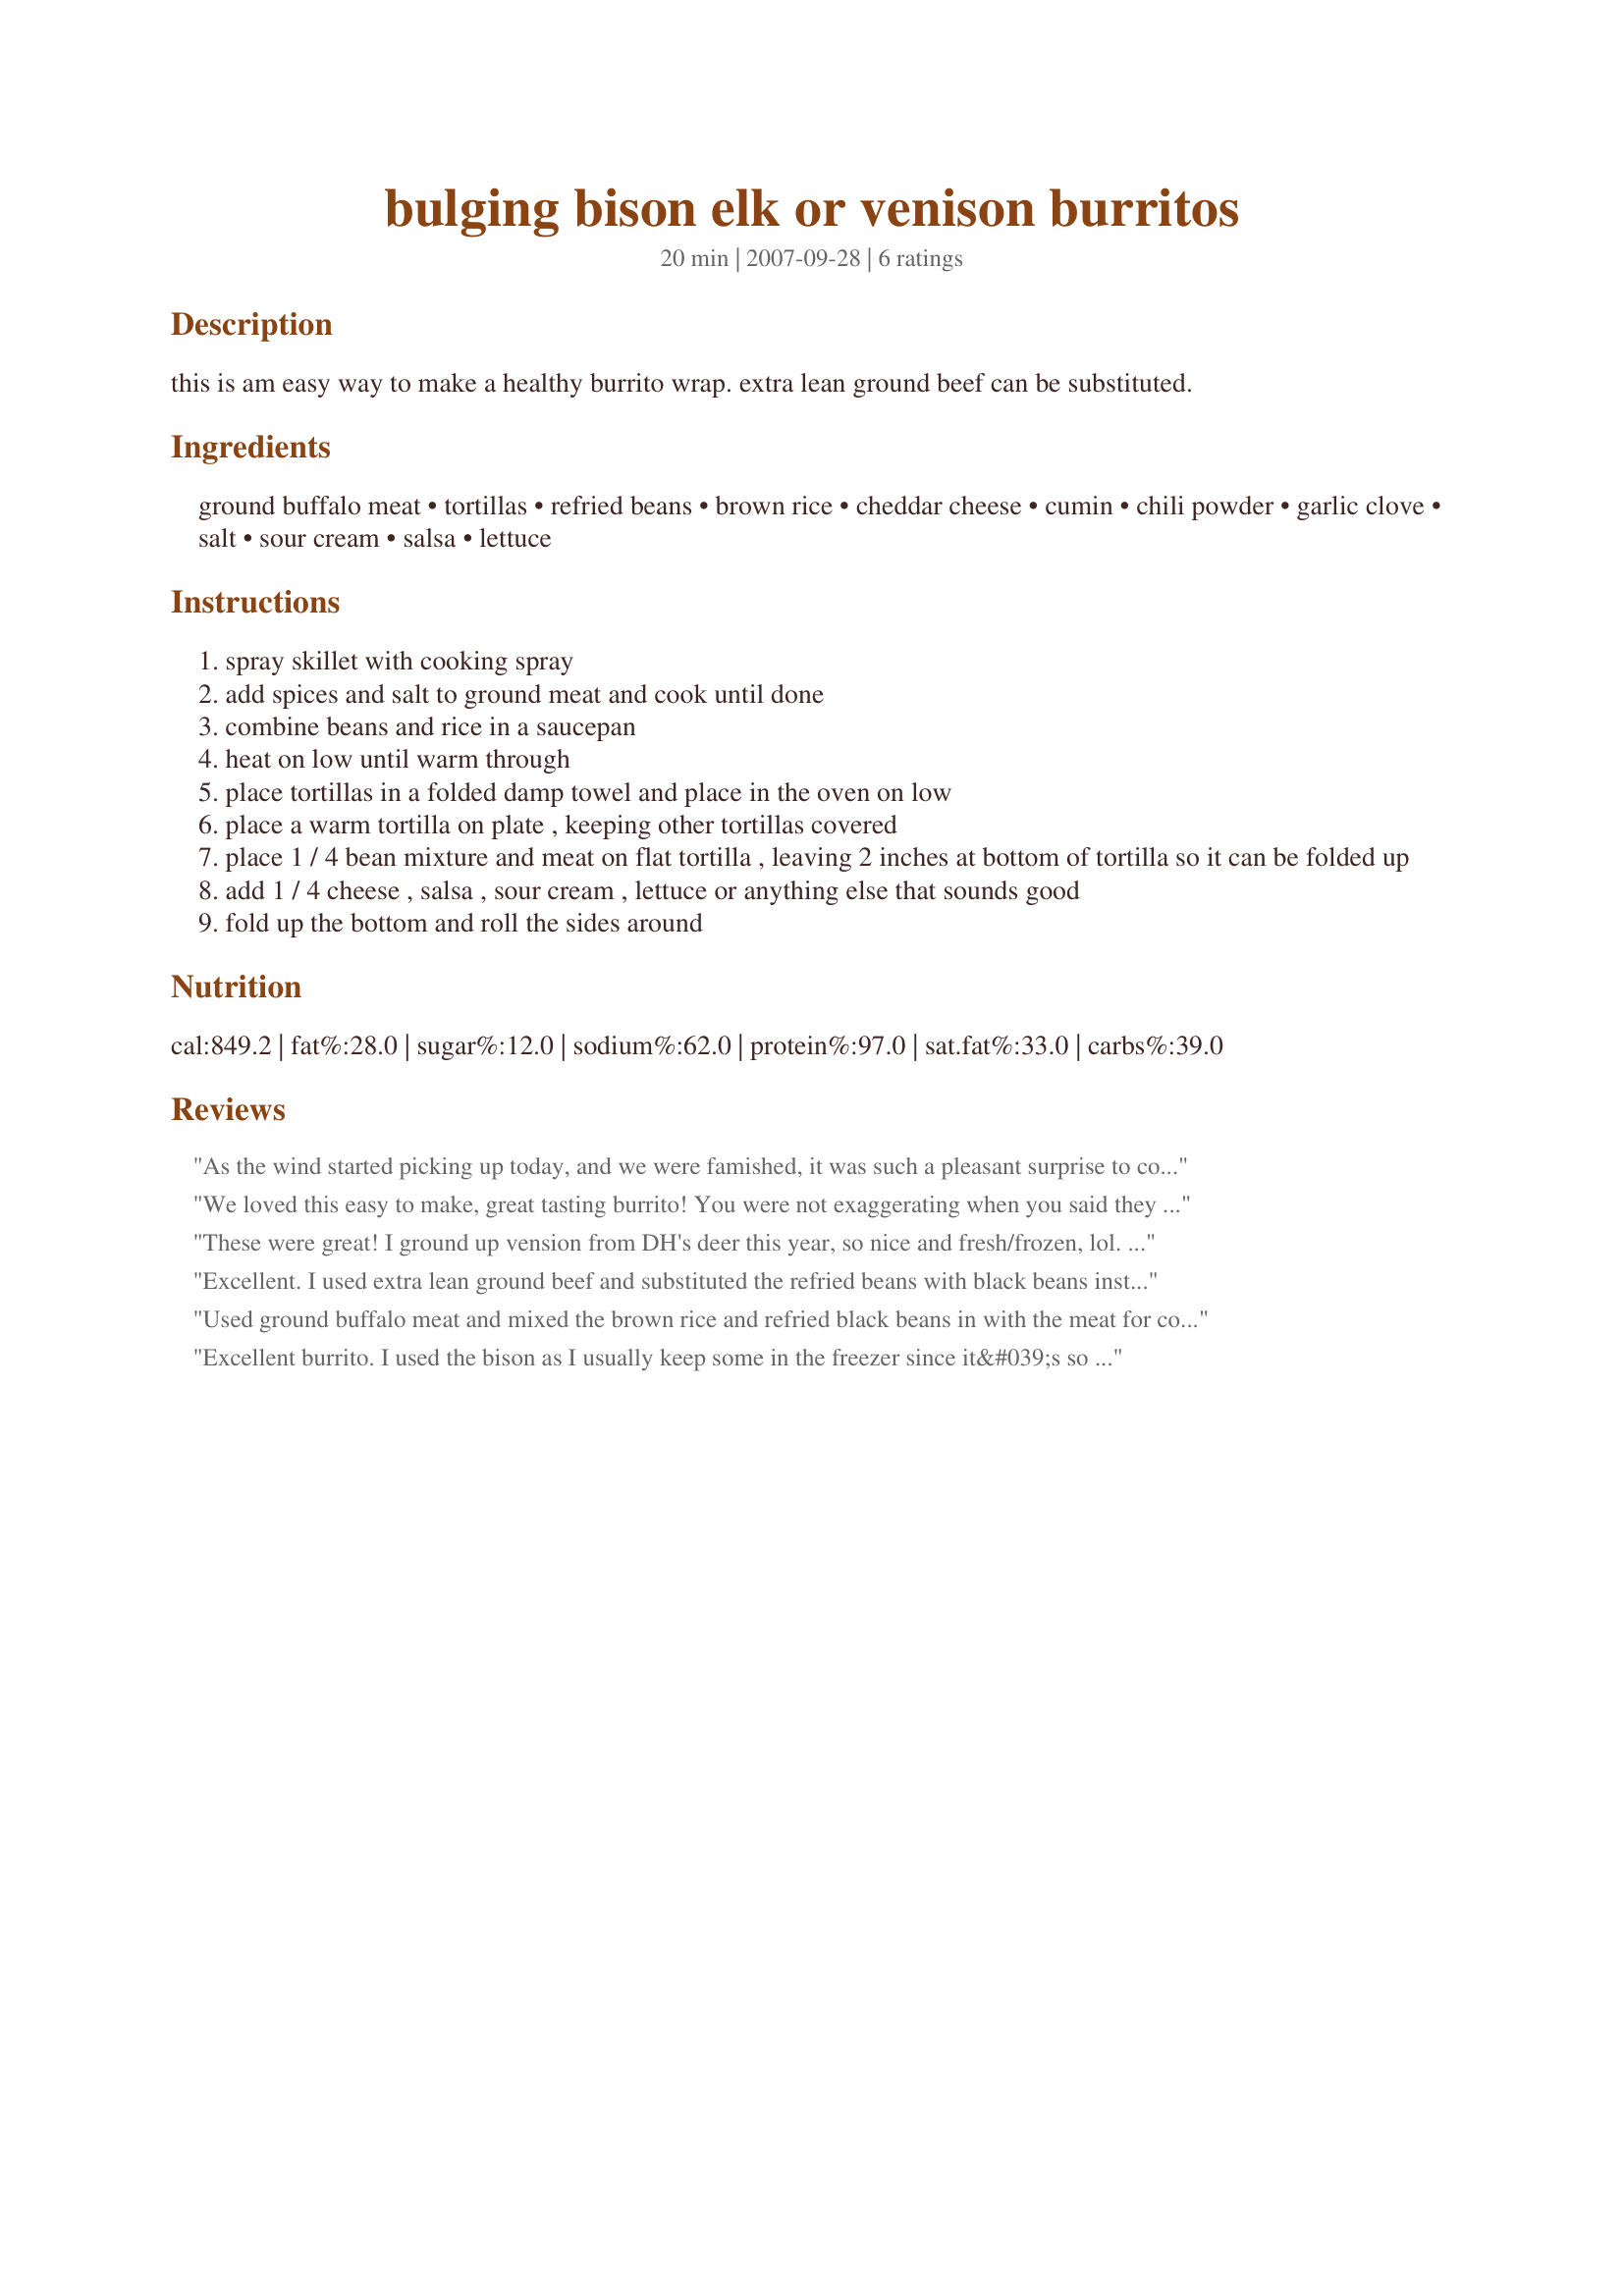
bulging bison elk or venison burritos
Preparation time: 20 minutes

this is am easy way to make a healthy burrito wrap. extra lean ground beef can be substituted.

Ingredients:
ground buffalo meat, tortillas, refried beans, brown rice, cheddar cheese, cumin, chili powder, garlic clove, salt, sour cream, salsa, lettuce

Steps:
spray skillet with cooking spray
add spices and salt to ground meat and cook until done
combine beans and rice in a saucepan
heat on low until warm through
place tortillas in a folded damp towel and place in the oven on low
place a warm tortilla on plate , keeping other tortillas covered
place 1 / 4 bean mixture and meat on flat tortilla , leaving 2 inches at bottom of tortilla so it can be folded up
add 1 / 4 cheese , salsa , sour cream , lettuce or anything else that sounds good
fold up the bottom and roll the sides around

Reviews:
As the wind started picking up today, and we were famished, it was such a pleasant surprise to come in from the cold and make these quick, wonderful burritos. I used a mixture of ground lean pork, and ground lean beef to make these filling treats. I did reduce the meat to 1/4 lb. of meat, and replaced the "filling" to extra beans, and extra brown rice. When I warmed the beans and rice up in the microwave, I threw in a diced fresh tomato, chopped onion, cumin, and fresh cilantro. Added more cumin when browning the meat. Used whole wheat tortillas and so yummy. Will keep making this so many times, MarraMamba! This is wonderful!
We loved this easy to make, great tasting burrito! You were not exaggerating when you said they were bulging! I used ground venison, lavash for the tortilla, and hot pepper jack cheese instead of cheddar. I also omitted the sour cream as I am not a big fan. I picked a medium spicy salsa and chopped up a little fresh tomato as a topping. I added a little bit of salt to the brown rice/refried bean mixture. This was fast, easy and I really enjoyed it. It was even really good when I had another burrito for leftovers for lunch today. I'd definitely make this again. Thanks!
These were great! I ground up vension from DH's deer this year, so nice and fresh/frozen, lol. I didn't use up all the beans specified for each burrito. Just enough to add the flavor. I did sprinkle with salt just before rolling up. Very filling and great for a winter's lunch! We will be having the rest for dinner and I'm going to have to add some cheese, with cutting back on the beans which I'm sure must add the additional calories, cheese is allowed I think, lol.
Excellent. I used extra lean ground beef and substituted the refried beans with black beans instead. My boys loved this dinner!
Used ground buffalo meat and mixed the brown rice and refried black beans in with the meat for convienence. This is a nice mild burrito mix that can be spiced up using jalapeno jack cheese or spicy salsa. Great for all tastes.
Excellent burrito. I used the bison as I usually keep some in the freezer since it&#039;s so easy to get here on the prairies. Simply loved the use of brown rice (something that I always keep but seriously under use). The seasonings were right on point and so good. Used reduced fat cheddar and skipped the lettuce. Would certainly make again.
